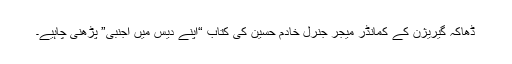
ڈھاکہ گیریژن کے کمانڈر میجر جنرل خادم حسین کی کتاب “اپنے دیس میں اجنبی” پڑھنی چاہیے۔